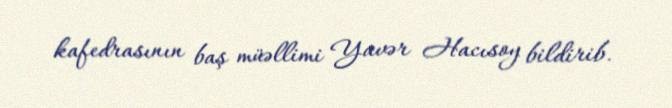
kafedrasının baş müəllimi Yavər Hacısoy bildirib.